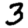
Digit: 3